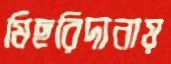
মিছরিদানায়